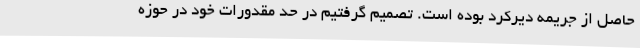
حاصل از جریمه دیرکرد بوده است. تصمیم گرفتیم در حد مقدورات خود در حوزه